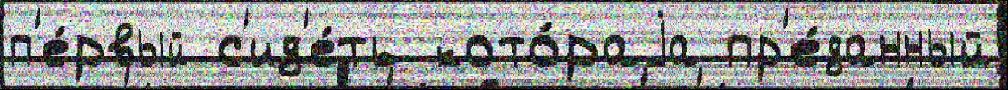
п'е́рвый с'ид'е́ть кото́раjа пр'е́данный